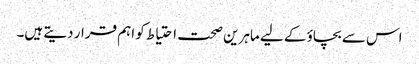
اس سے بچاؤ کے لیے ماہرین صحت احتیاط کو اہم قرار دیتے ہیں۔